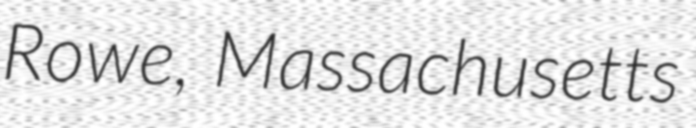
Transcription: Rowe, Massachusetts